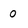
Character: o